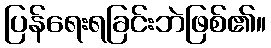
ပြန်ရေးရခြင်းဘဲဖြစ်၏။